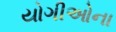
યોગીઓના